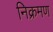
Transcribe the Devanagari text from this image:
निक्रमण